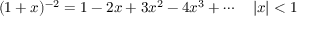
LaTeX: ( 1 + x ) ^ { - 2 } = 1 - 2 x + 3 x ^ { 2 } - 4 x ^ { 3 } + \cdots \quad | x | < 1